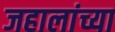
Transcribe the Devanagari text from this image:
जहालांच्या